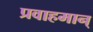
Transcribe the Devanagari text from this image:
प्रवाहमान्